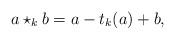
LaTeX: \begin{align*}a \star_k b = a - t_k (a) + b,\end{align*}